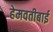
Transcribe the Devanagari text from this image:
हेमवतीबाई